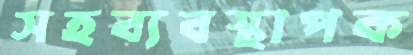
সহব্যবস্থাপক